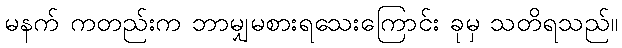
မနက် ကတည်းက ဘာမျှမစားရသေးကြောင်း ခုမှ သတိရသည်။